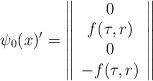
LaTeX: \begin{align*}\psi_0(x)'=\left\|\begin{array}{c}0\\f(\tau,r)\\0\\-f(\tau,r)\end{array}\right\|\end{align*}